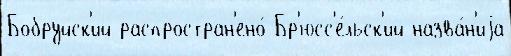
Бобруйск'ий распростран'ено́ Бр'юсс'е́льск'ий назва́н'иjа